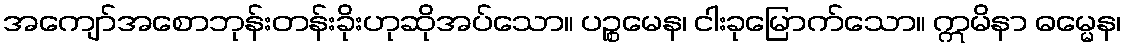
အကျော်အစောဘုန်းတန်းခိုးဟုဆိုအပ်သော။ ပဉ္စမေန၊ ငါးခုမြောက်သော။ ဣမိနာ ဓမ္မေန၊